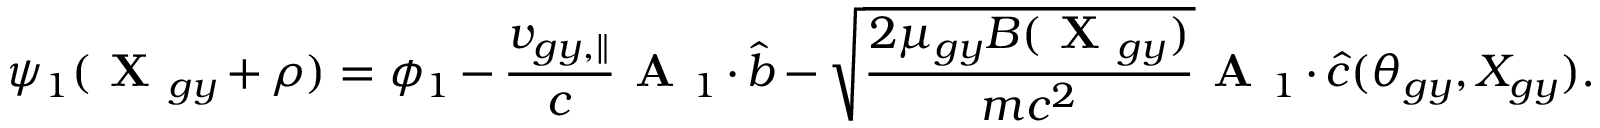
{ \psi } _ { 1 } ( \textbf { X } _ { g y } + \rho ) = \phi _ { 1 } - \frac { v _ { g y , \parallel } } { c } \textbf { A } _ { 1 } \boldsymbol { \cdot } \hat { b } - \sqrt { \frac { 2 \mu _ { g y } B ( \textbf { X } _ { g y } ) } { m c ^ { 2 } } } \textbf { A } _ { 1 } \boldsymbol { \cdot } \hat { c } ( \theta _ { g y } , X _ { g y } ) .